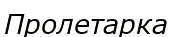
Пролетарка